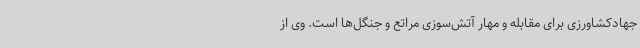
جهادکشاورزی برای مقابله و مهار آتش‌سوزی مراتع و جنگل‌ها است. وی از